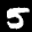
Label: 5